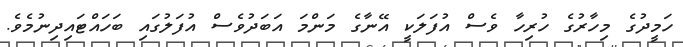
ހަމީދުގެ މިހާރުގެ ހުރިހާ ވެސް އުފަލަކީ އޭނާގެ މަންމަ އަބަދުވެސް އުފަލުގައި ބަހައްޓައިދިނުމެވެ.